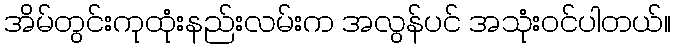
အိမ်တွင်းကုထုံးနည်းလမ်းက အလွန်ပင် အသုံးဝင်ပါတယ်။